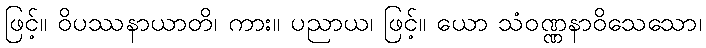
ဖြင့်။ ဝိပဿနာယာတိ၊ ကား။ ပညာယ၊ ဖြင့်။ ယော သံဝဏ္ဏနာဝိသေသော၊